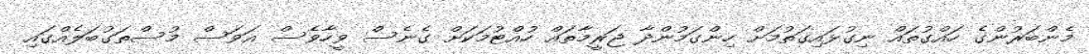
މެންބަރުންގެ ހައްގުތައް ނިގުޅައިގަތުމަށް ހިންގަމުންދާ ޖަރީމާތައް ހުއްޓުމަކަށް ގެނެސް ވީހާވެސް އަވަސް މުސްތަގުބަލެއްގައި